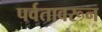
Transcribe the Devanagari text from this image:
पर्वतावरून